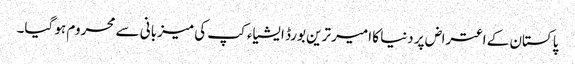
پاکستان کے اعتراض پر دنیا کا امیر ترین بورڈ ایشیاء کپ کی میزبانی سے محروم ہو گیا۔